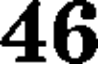
46